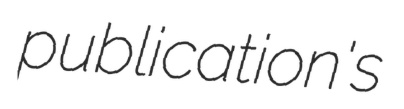
publication's